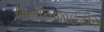
મિનીનજાઈટીસ